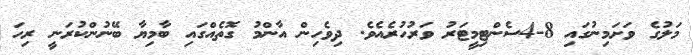
މަލުގެ ވަށަމިނުގައި 8-4ސެންޓިމީޓަރު ވަރުހުރެއެވެ. ދިވެހިން އާންމު ގޮތެއްގައި ބާމިޔާ ބޭނުންކުރަނީ ރިހަ